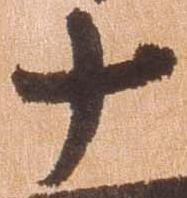
十